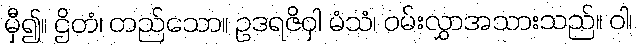
မှီ၍။ ဌိတံ၊ တည်သော။ ဥဒရဇိဝှါ မံသံ၊ ဝမ်းလွှာအသားသည်။ ဝါ၊